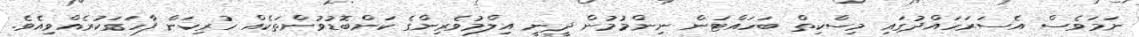
ނަމަވެސް އެސަރަހައްދުގައި މިސްކިތް ބަހައްޓަން ނިންމުމުން ދީނީ އިލްމުވެރިންގެ ކަންބޮޑުވުންތަކެއް ހުރިކަން ފާހަގަކުރެއްވިއެވެ.